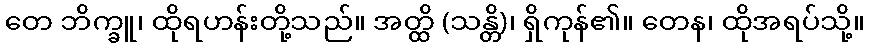
တေ ဘိက္ခူ၊ ထိုရဟန်းတို့သည်။ အတ္ထိ (သန္တိ)၊ ရှိကုန်၏။ တေန၊ ထိုအရပ်သို့။